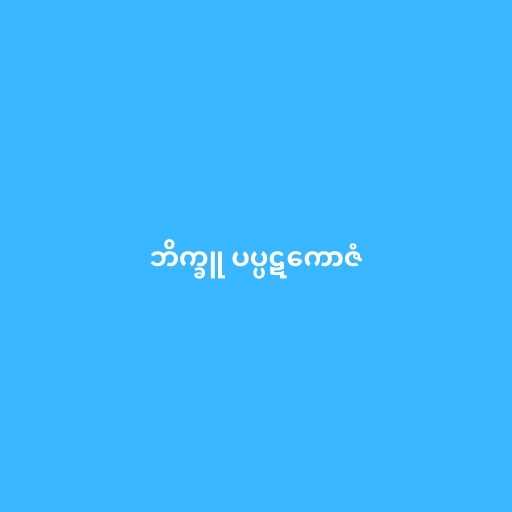
ဘိက္ခူ ပပ္ပဋကောဇံ